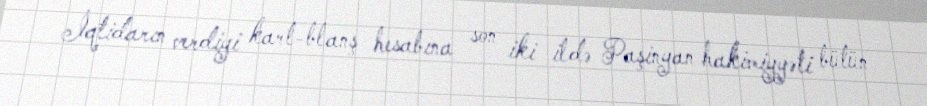
İqtidarın verdiyi kart-blanş hesabına son iki ildə Paşinyan hakimiyyəti bütün